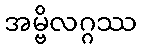
အမ္ဗိလဂ္ဂဿ